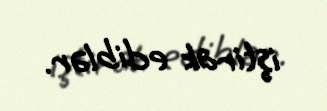
iştirak ediblər.